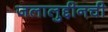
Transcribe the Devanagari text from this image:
जलालुद्दीनची